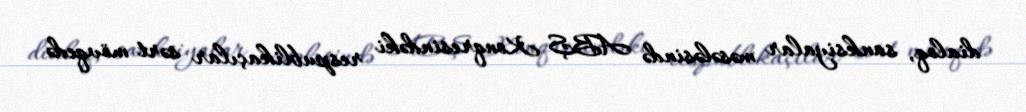
dialoq, sanksiyalar məsələsində ABŞ Konqresindəki respublikaçılar sərt mövqedə